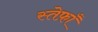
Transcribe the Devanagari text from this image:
स्तेफ़ाँ